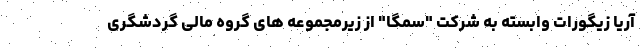
آریا زیگورات وابسته به شرکت "سمگا" از زیرمجموعه های گروه مالی گردشگری